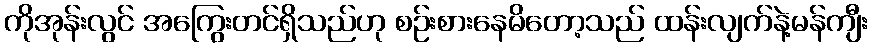
ကိုအုန်းလွင် အကြွေးတင်ရှိသည်ဟု စဉ်းစားနေမိတော့သည် ထန်းလျက်နဲ့မန်ကျီး